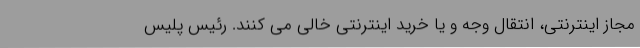
مجاز اینترنتی، انتقال وجه و یا خرید اینترنتی خالی می کنند. رئیس پلیس